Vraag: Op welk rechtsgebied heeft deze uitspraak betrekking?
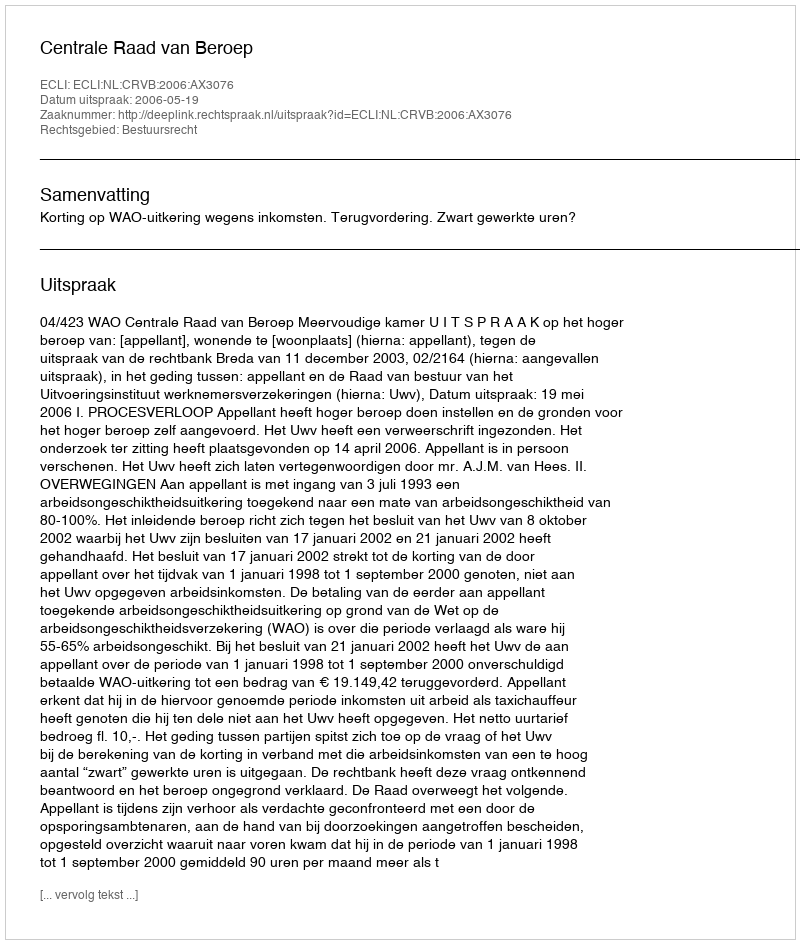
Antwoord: Bestuursrecht